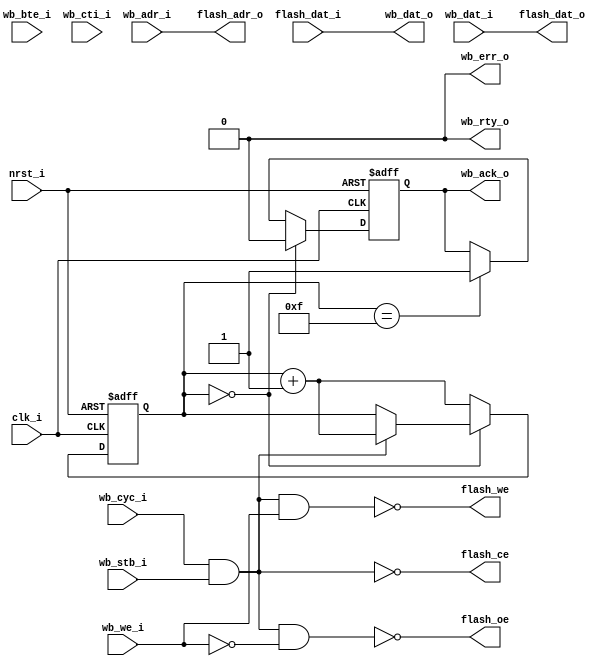
//////////////////////////////////////////////////////////////////////
////                                                              ////
////  $Id: wb_flash.v,v 1.1 2008-06-04 06:10:35 hharte Exp $          ////
////  wb_flash.v - Wishbone FLASH interface for the StrataFLASH   ////
////               on the Xilinx Spartan3E Starter Kit            ////
////                                                              ////
////  This file is part of the wb_flash Project                   ////
////  http://www.opencores.org/projects/wb_flash/                 ////
////                                                              ////
////  Author:                                                     ////
////      - Howard M. Harte (hharte@opencores.org)                ////
////                                                              ////
//////////////////////////////////////////////////////////////////////
////                                                              ////
//// Copyright (C) 2008 Howard M. Harte                           ////
////                                                              ////
//// This source file may be used and distributed without         ////
//// restriction provided that this copyright statement is not    ////
//// removed from the file and that any derivative work contains  ////
//// the original copyright notice and the associated disclaimer. ////
////                                                              ////
//// This source file is free software; you can redistribute it   ////
//// and/or modify it under the terms of the GNU Lesser General   ////
//// Public License as published by the Free Software Foundation; ////
//// either version 2.1 of the License, or (at your option) any   ////
//// later version.                                               ////
////                                                              ////
//// This source is distributed in the hope that it will be       ////
//// useful, but WITHOUT ANY WARRANTY; without even the implied   ////
//// warranty of MERCHANTABILITY or FITNESS FOR A PARTICULAR      ////
//// PURPOSE.  See the GNU Lesser General Public License for more ////
//// details.                                                     ////
////                                                              ////
//// You should have received a copy of the GNU Lesser General    ////
//// Public License along with this source; if not, download it   ////
//// from http://www.opencores.org/lgpl.shtml                     ////
////                                                              ////
//////////////////////////////////////////////////////////////////////

// xqweng
// change data width to 8 bits.

module wb_flash(
    // Parallel FLASH Interface
    clk_i, nrst_i, 
    // wishbone
    wb_adr_i, wb_dat_o, wb_dat_i, wb_we_i,
    wb_stb_i, wb_cyc_i, wb_ack_o, wb_err_o, wb_rty_o,
    wb_bte_i, wb_cti_i,
    // flash
    flash_adr_o, flash_dat_o, flash_dat_i,
    flash_oe, flash_ce, flash_we
);

    //
    // Default address and data bus width
    //
    parameter aw = 23;   // number of address-bits
    parameter dw = 8;   // number of data-bits
    parameter ws = 4'hf; // number of wait-states

    //
    // FLASH interface
    //
    input   clk_i;
    input   nrst_i;
    input   [aw-1:0] wb_adr_i;
    output  [dw-1:0] wb_dat_o;
    input   [dw-1:0] wb_dat_i;
    input   wb_we_i;
    input   wb_stb_i;
    input   wb_cyc_i;
    output reg wb_ack_o;
    output  wb_err_o;
    output  wb_rty_o;
    input [2:0] wb_cti_i;
    input [1:0] wb_bte_i;

    output  [aw-1:0] flash_adr_o;
    output  [7:0] flash_dat_o;
    input   [7:0] flash_dat_i;
    output  flash_oe;
    output  flash_ce;
    output  flash_we;
    reg [3:0] waitstate;

    // Wishbone read/write accesses
    wire wb_acc = wb_cyc_i & wb_stb_i;    // WISHBONE access
    wire wb_wr  = wb_acc & wb_we_i;       // WISHBONE write access
    wire wb_rd  = wb_acc & !wb_we_i;      // WISHBONE read access

    always @(posedge clk_i or negedge nrst_i)
        if(~nrst_i)
        begin
            waitstate <= 4'b0;
                wb_ack_o <= 1'b0;
        end
        else begin
                if(waitstate == 4'b0) begin
                    wb_ack_o <= 1'b0;
                    if(wb_acc) begin
                        waitstate <= waitstate + 1;
                    end
                end
                else begin
                    waitstate <= waitstate + 1;
                    if(waitstate == ws)
                        wb_ack_o <= 1'b1;
                end
         end

    assign flash_ce = !wb_acc;
    assign flash_we = !wb_wr;
    assign flash_oe = !wb_rd;

    assign flash_adr_o = wb_adr_i;
    assign flash_dat_o = wb_dat_i;
    assign wb_dat_o = flash_dat_i;

    assign wb_err_o = 1'b0;
    assign wb_rty_o = 1'b0;

endmodule